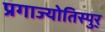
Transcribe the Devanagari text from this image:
प्रगाज्योतिस्पुर्